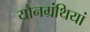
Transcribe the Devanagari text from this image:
यौनग्रंथियां